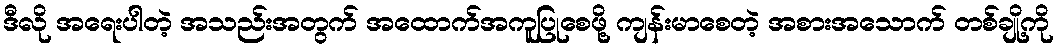
ဒီလို အရေးပါတဲ့ အသည်းအတွက် အထောက်အကူပြုစေဖို့ ကျန်းမာစေတဲ့ အစားအသောက် တစ်ချို့ကို